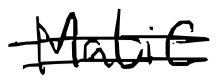
Text: Matic
Cross-out: double-line
Writing tool: digital_black